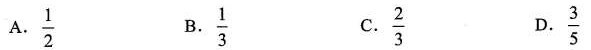
A. \frac{1}{2} B. \frac{1}{3} C. \frac{2}{3} D. \frac{3}{5}